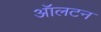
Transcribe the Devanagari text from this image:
ऑलटन